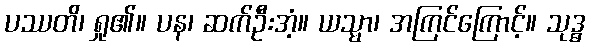
ပဿတိ၊ ရှု၏။ ပန၊ ဆက်ဦးအံ့။ ယသ္မာ၊ အကြင်ကြောင့်။ သုဒ္ဓ